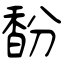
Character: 馚